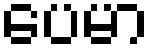
ပေမာ